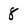
Character: 8